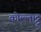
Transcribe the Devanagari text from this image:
कोल्लाट्टू